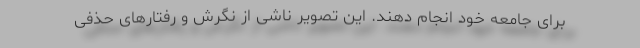
برای جامعه خود انجام دهند. این تصویر ناشی از نگرش و رفتارهای حذفی